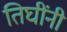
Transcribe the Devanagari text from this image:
तिघींनी